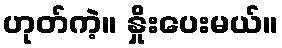
ဟုတ်ကဲ့။ နှိုးပေးမယ်။